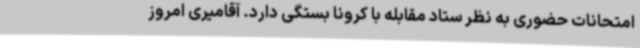
امتحانات حضوری به نظر ستاد مقابله با کرونا بستگی دارد. آقامیری امروز